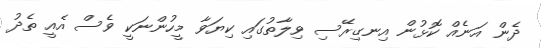
ދެން އަނެއް ކޮޅުން އިނގިރޭސި ވިލާތުގައި ކިޔަވާ މީހުންނަކީ ވެސް އެއީ ތެދު